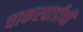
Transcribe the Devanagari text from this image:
चाकरवाडीची